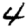
Digit: 4